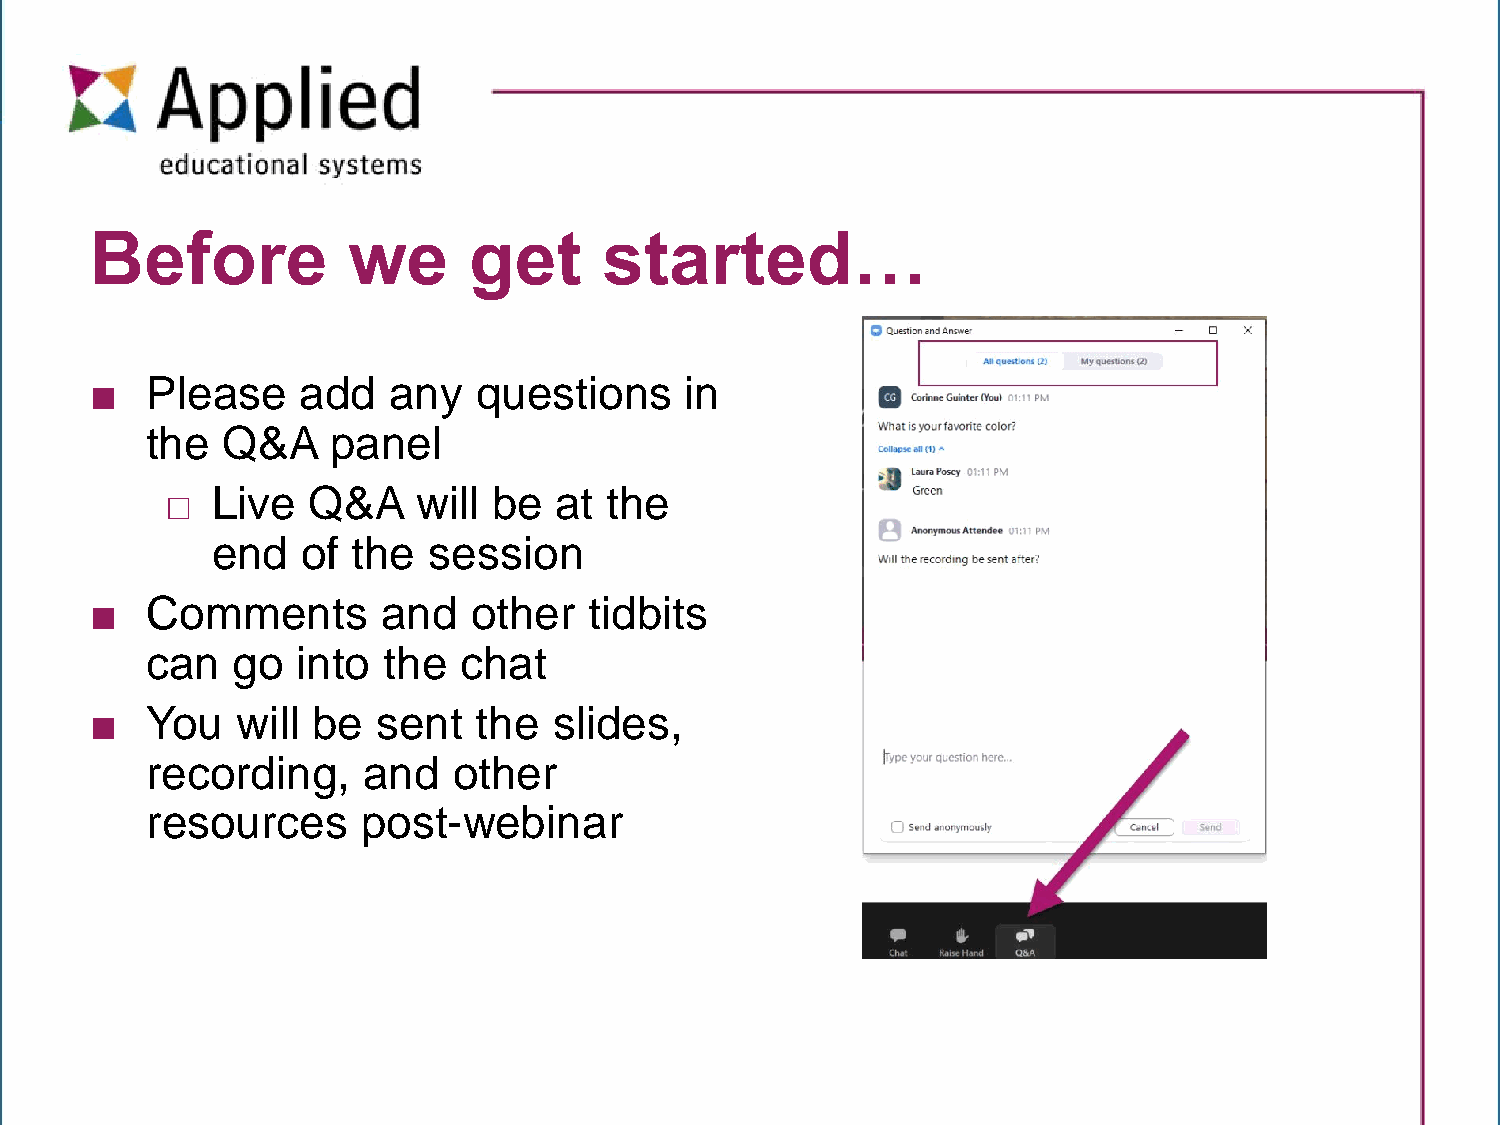
Before           we      get      started…
 ■   Please    add   any  questions     in
 the  Q&A    panel
 □  Live  Q&A     will be  at the
 end   of the  session
 ■   Comments       and   other   tidbits
 can  go   into the  chat
 ■   You   will be  sent   the  slides,
 recording,    and   other
 resources     post-webinar